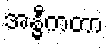
အန္ဓီကတာ